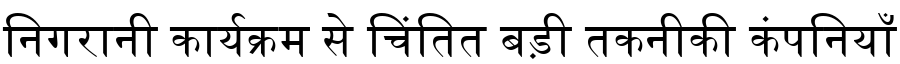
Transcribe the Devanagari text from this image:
निगरानी कार्यक्रम से चिंतित बड़ी तकनीकी कंपनियाँ